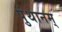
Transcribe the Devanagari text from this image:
पुंथानम्